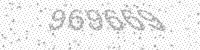
Solution: 969669